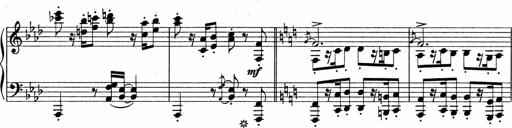
Title: Sonatina No.4
Composer: Abram Kimmell
Key: E minor